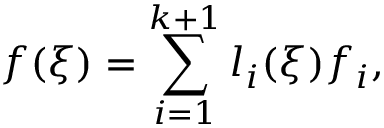
f ( \xi ) = \sum _ { i = 1 } ^ { k + 1 } l _ { i } ( \xi ) f _ { i } ,